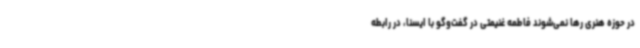
در حوزه هنری رها نمی‌شوند فاطمه غنیمتی در گفت‌وگو با ایسنا، در رابطه